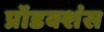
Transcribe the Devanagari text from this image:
प्रॉडक्शंस